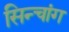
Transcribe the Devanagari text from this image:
सिन्चांग